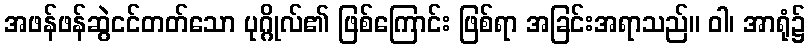
အဖန်ဖန်ဆွဲငင်တတ်သော ပုဂ္ဂိုလ်၏ ဖြစ်ကြောင်း ဖြစ်ရာ အခြင်းအရာသည်။ ဝါ၊ အာရုံ၌